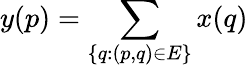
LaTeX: y(p)=\sum_{\{ q:(p,q)\in E\} }x(q)